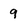
Character: 9